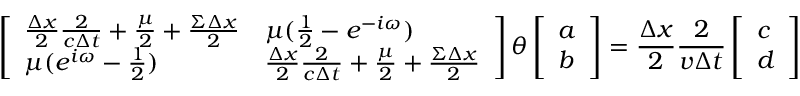
\left[ \begin{array} { l l } { \frac { \Delta x } { 2 } \frac { 2 } { c \Delta t } + \frac { \mu } { 2 } + \frac { \Sigma \Delta x } { 2 } } & { \mu ( \frac { 1 } { 2 } - e ^ { - i \omega } ) } \\ { \mu ( e ^ { i \omega } - \frac { 1 } { 2 } ) } & { \frac { \Delta x } { 2 } \frac { 2 } { c \Delta t } + \frac { \mu } { 2 } + \frac { \Sigma \Delta x } { 2 } } \end{array} \right] \theta \left[ \begin{array} { l } { a } \\ { b } \end{array} \right] = \frac { \Delta x } { 2 } \frac { 2 } { v \Delta t } \left[ \begin{array} { l } { c } \\ { d } \end{array} \right]